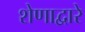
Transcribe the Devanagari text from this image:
शेणाद्वारे